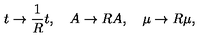
t \rightarrow \frac { 1 } { R } t , \quad A \rightarrow R A , \quad \mu \rightarrow R \mu ,